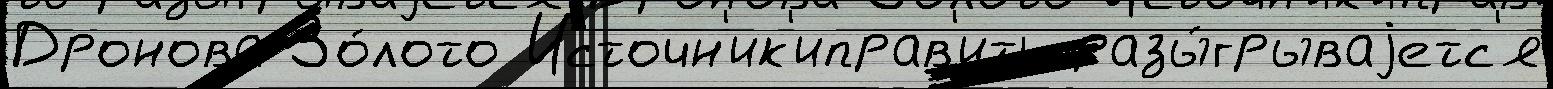
Дронова Зо́лото Источн'ик'иправ'ить разы́грываjетс'я